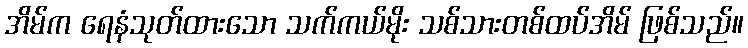
အိမ်က ရေနံသုတ်ထားသော သက်ကယ်မိုး သစ်သားတစ်ထပ်အိမ် ဖြစ်သည်။